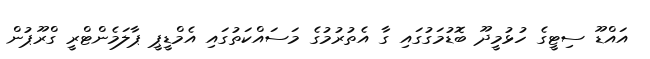
އައްޑޫ ސިޓީގެ ހުޅުމީދޫ ބޮޑުމަގުގައި ގާ އެތުރުމުގެ މަސައްކަތުގައި އެމްޑީޕީ ޕާލަމެންޓްރީ ގްރޫޕުން